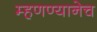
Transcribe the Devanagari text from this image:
म्हणण्यानेच